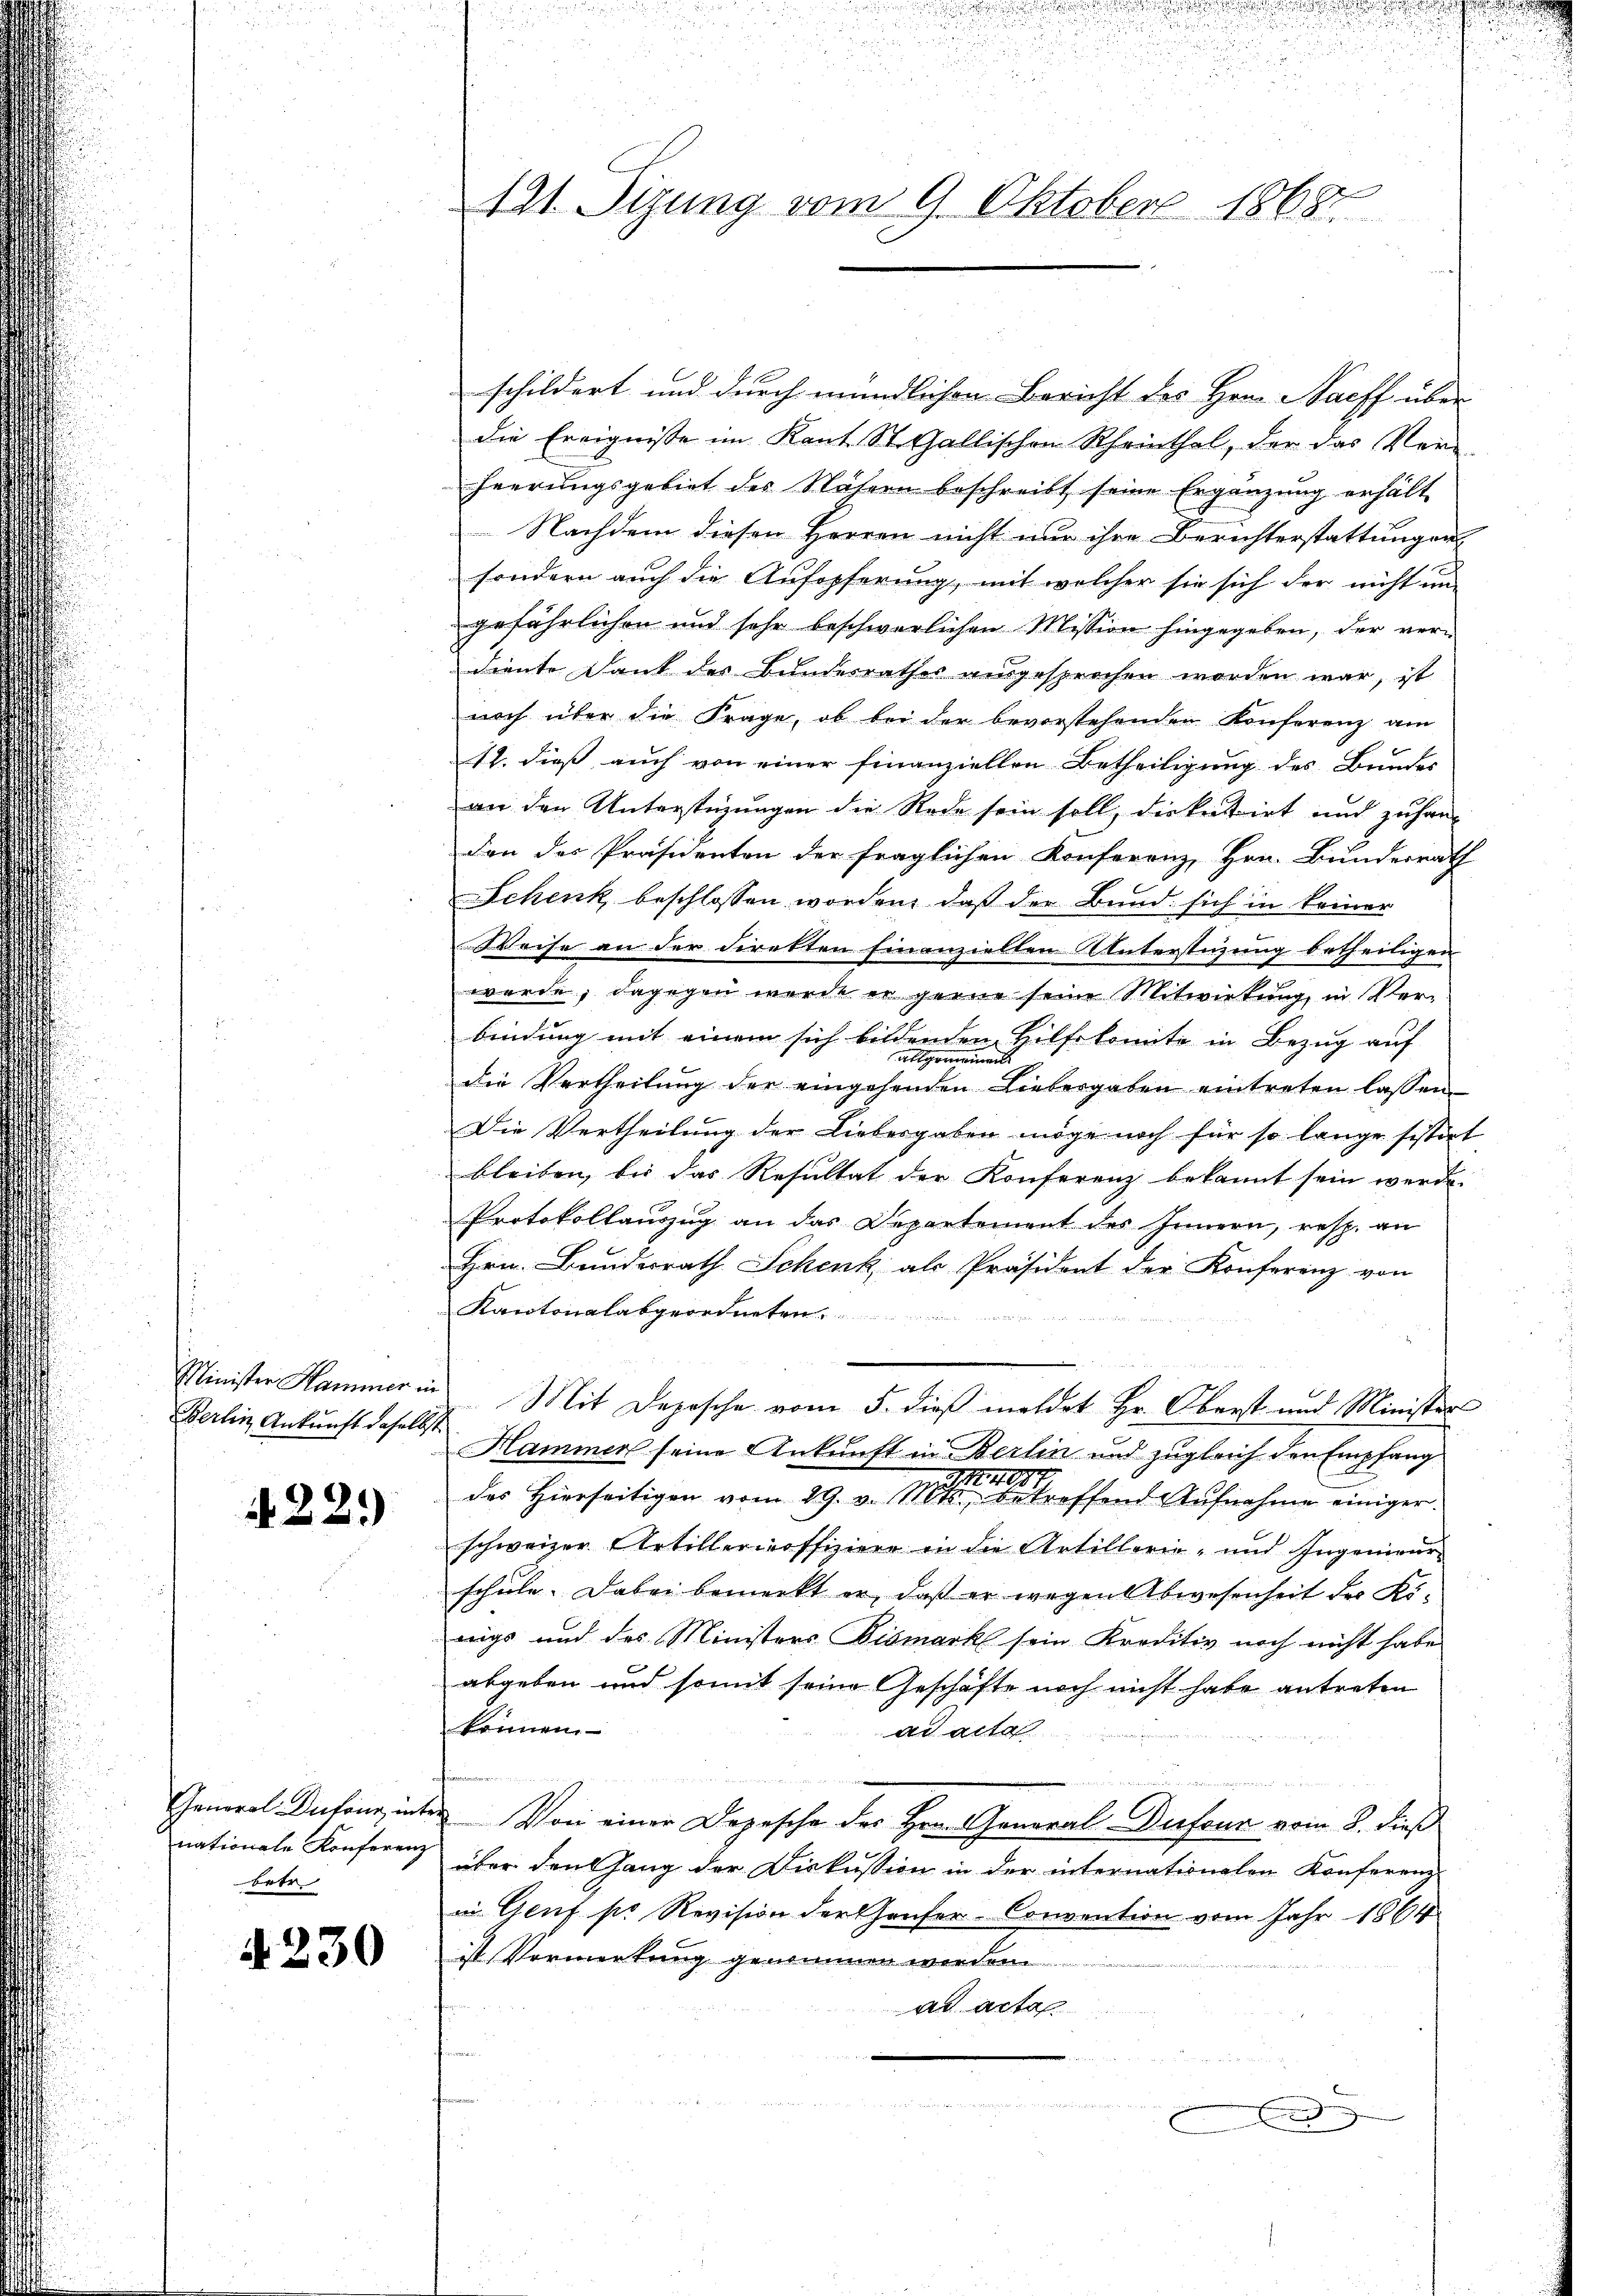
Minister Hammer in
Berlin Ankunft daselbst

22.)

General-Dutons, mit
nationale Konferenz
betr

A 230

121. Sizung vom 9. Oktober 1868

schildert und durch mündlichen Bericht des Hrn. Sacff über
die Ereignisse im Kant. St. Gallischen Rheinthal, der das Ver
heerungsgebiet des Nähern beschreibt seine Ergänzung erhält
Nachdem diesen Herren nicht nur ihre Berichterstattungen-
sondern auch die Aufopferung, mit welcher sie sich der nicht un-
gefährlichen und sehr beschwerlichen Mission hingegeben, der verdiente Dank der Bundesrathes ausgesprochen worden war, ist
noch über die Frage, ob bei der bevorstehenden Konferenz am
12. dieß auch von einer finanziellen Betheiligung des Bundes
an den Unterstüzungen die Rede sein soll, die knittirt und zufanden des Präsidenten der fraglichen Konferenz, Hrn. Bundesrath
Schenk beschlossen worden, daß der Bund sich in keiner
Weise an der Direkten Einanziellen Unterstüzung betheiligen
werde; dagegen werde er gerne seine Mitwirkung, in Verbindung mit einem sich bildenden Hilfskomite in Bezug auf
allgemeinen
die Vertheilung der eingehenden Liebergaben eintreten lassen.
Die Vertheilung der Liebesgaben möge noch für so lange sestirt
bleiben, bis das Resultat der Konferenz bekannt sein werde.
Protokollauszug an das Departement des Innern, resp. an
Hrn. Bundesrath Schenk als Präsident der Konferenz von
Kantonalabgeren
Mit Deposche vom 5. dieß meldet Hr. Oberst und Ministers
Hammer seine Ankunft in Berlin und zugleich den Empfang
77
des Hierseitigen vom 29. v. Mts., betreffend Aŭfnahme einiger.
schweizer Artillerinoffiziere in die Artillerie- und Ingenwärschule. Dabei bemerkt er, daß er wegen Abwesenheit der Königs und des Ministers Bismark sein Kreditiv noch nicht habe
abgeben und somit seine Geschäfte noch nicht habe antreten
können.
ad acta
Von einer Depesche des Hrn. General-Dufour vom 8. dieß
über den Gang der Diskussion in der internationalen Konferenz
in Genf sie Revision der Hauser-Convention vom Jahr 1864
it Vermerkung genommen werden
ad actes